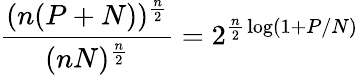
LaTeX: {\frac{(n(P+N))^{\frac{n}{2}}}{(nN)^{\frac{n}{2}}}}=2^{{\frac{n}{2}}\log(1+P/N)}\,